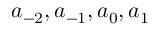
a _ { - 2 } , a _ { - 1 } , a _ { 0 } , a _ { 1 }